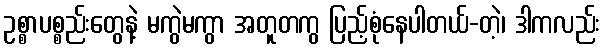
ဥစ္စာပစ္စည်းတွေနဲ့ မကွဲမကွာ အတူတကွ ပြည့်စုံနေပါတယ်-တဲ့၊ ဒါကလည်း